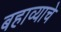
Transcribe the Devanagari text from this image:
बहाव्याचे